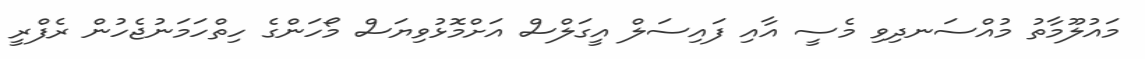
މައުލޫމާތު މުއްސަނދިވި މެސީ އާއި ފައިސަލް އީގަލްސް އަށްމޮޅުވިޔަސް މޯހަންގެ ހިތްހަމަނުޖެހުން ރެފްރީ